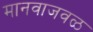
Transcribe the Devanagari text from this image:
मानवाजवळ